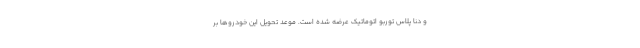
و دنا پلاس توربو اتوماتیک عرضه شده است. موعد تحویل این خودروها بر